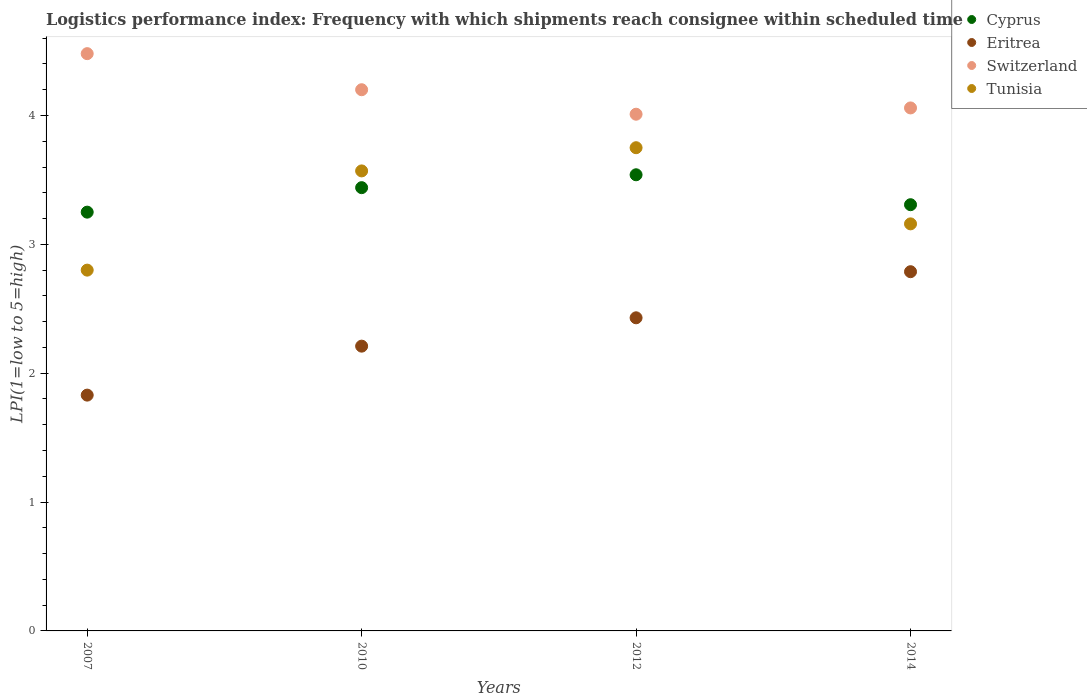
| Years | Cyprus | Eritrea | Switzerland | Tunisia |
 | --- | --- | --- | --- | --- |
 | 2007 | 3.25 | 1.83 | 4.48 | 2.8 |
 | 2010 | 3.44 | 2.21 | 4.2 | 3.57 |
 | 2012 | 3.54 | 2.43 | 4.01 | 3.75 |
 | 2014 | 3.31 | 2.79 | 4.06 | 3.16 |